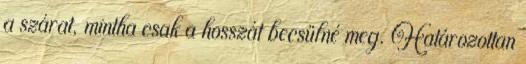
a szárat, mintha csak a hosszát becsülné meg. Határozottan